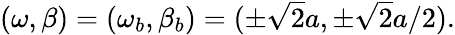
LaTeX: \begin{array}{r}{(\omega,\beta)=(\omega_{b},\beta_{b})=(\pm\sqrt{2}a,\pm\sqrt{2}a/2).}\end{array}